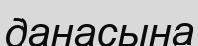
данасына